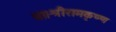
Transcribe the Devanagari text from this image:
था।श्रीरामकृष्ण